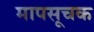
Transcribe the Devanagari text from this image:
मापसूचक